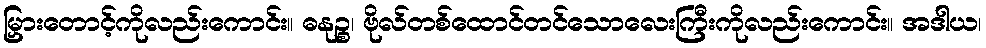
မြှားတောင့်ကိုလည်းကောင်း။ ဓနုဉ္စ၊ ဗိုလ်တစ်ထောင်တင်သောလေးကြီးကိုလည်းကောင်း။ အဒါယ၊